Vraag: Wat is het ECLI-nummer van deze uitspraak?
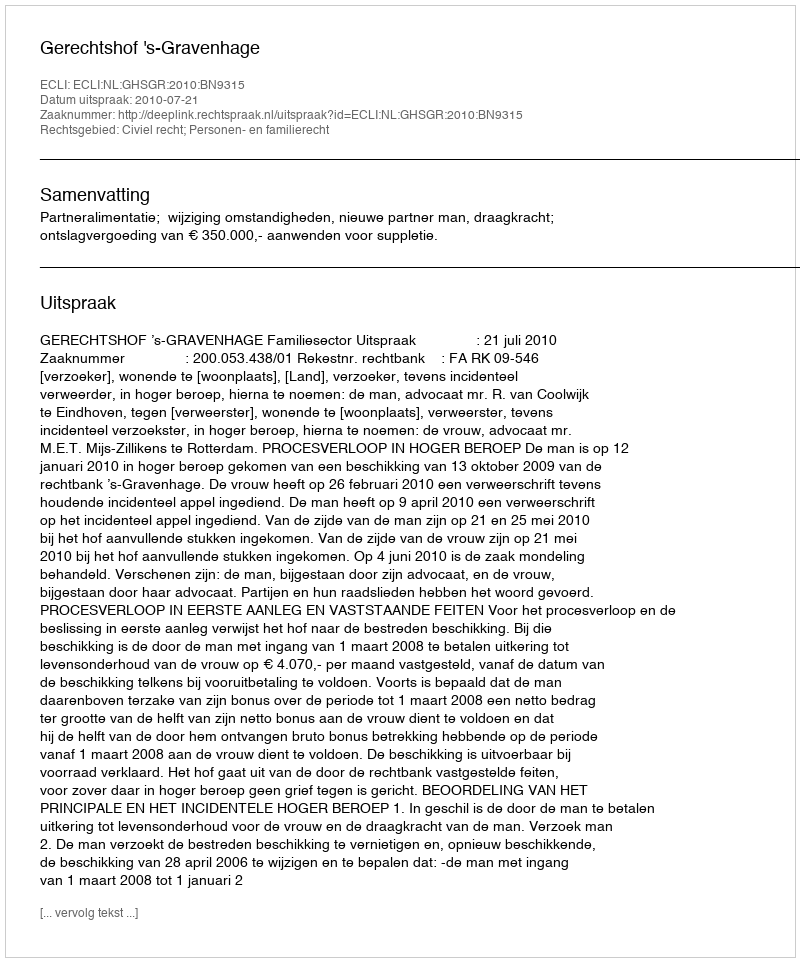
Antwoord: ECLI:NL:GHSGR:2010:BN9315